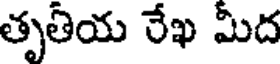
తృతియ రేఖ మీద